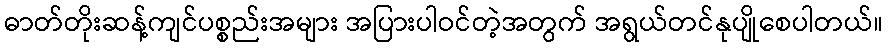
ဓာတ်တိုးဆန့်ကျင်ပစ္စည်းအများ အပြားပါဝင်တဲ့အတွက် အရွယ်တင်နုပျိုစေပါတယ်။